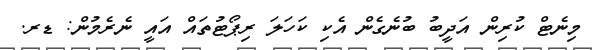
މިނެޓް ކުރިން އަދީބު ބުނެގެން އެކި ކަހަލަ ރިޕޯޓުތައް އައީ ނެރެމުން: ޑރ.